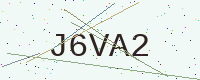
Text: J6VA2